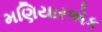
મણિયારએક